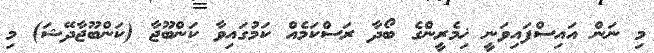
މި ނަން އައިސްފައިވަނީ ޚިމެރީންގެ ބޯދާ ރަސްކަމެއް ކަމުގައިވާ ކަންބޫޖާ (ކަންބޫޖާދޭޝަ) މި